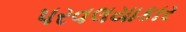
પરવલયાકાર